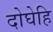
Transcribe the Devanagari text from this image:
दोघेहि